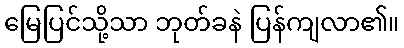
မြေပြင်သို့သာ ဘုတ်ခနဲ ပြန်ကျလာ၏။